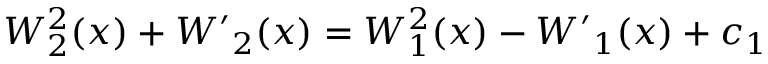
W _ { 2 } ^ { 2 } ( x ) + { W ^ { \prime } } _ { 2 } ( x ) = W _ { 1 } ^ { 2 } ( x ) - { W ^ { \prime } } _ { 1 } ( x ) + c _ { 1 }